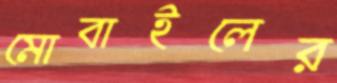
মোবাইলের